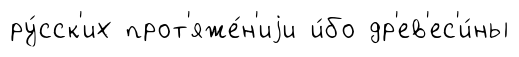
ру́сск'их прот'яже́н'иjи и́бо др'ев'ес'и́ны